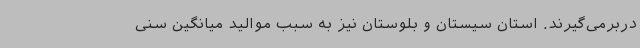
دربرمی‌گیرند. استان سیستان و بلوستان نیز به سبب موالید میانگین سنی